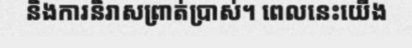
និងការនិរាសព្រាត់ប្រាស់។ ពេលនេះយើង